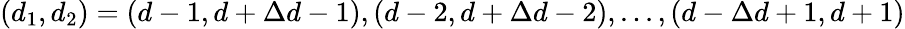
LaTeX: (d_{1},d_{2})=(d-1,d+\Delta d-1),(d-2,d+\Delta d-2),...,(d-\Delta d+1,d+1)